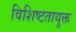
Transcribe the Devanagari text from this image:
विशिष्टतायुक्त